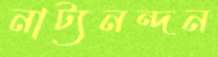
নাট্যনন্দন